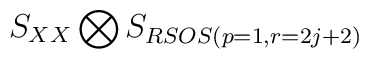
S_{XX}\bigotimes S_{RSOS(p=1,r=2j+2)}